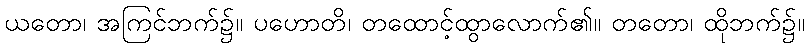
ယတော၊ အကြင်ဘက်၌။ ပဟောတိ၊ တထောင့်ထွာလောက်၏။ တတော၊ ထိုဘက်၌။